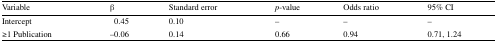
<table><thead><tr><td><b>Variable</b></td><td><b>β</b></td><td><b>Standard error</b></td><td><b><i>p</i>-value</b></td><td><b>Odds ratio</b></td><td><b>95% CI</b></td></tr></thead><tbody><tr><td>Intercept</td><td>0.45</td><td>0.10</td><td>–</td><td>–</td><td>–</td></tr><tr><td>≥1 Publication</td><td>−0.06</td><td>0.14</td><td>0.66</td><td>0.94</td><td>0.71, 1.24</td></tr></tbody></table>